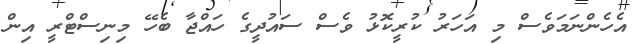
އެހެންނަމަވެސް މި އަހަރު ކުރީކޮޅު ވެސް ސައުދީގެ ހައްޖާ ބެހޭ މިނިސްޓްރީ އިން